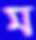
ম